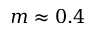
m \approx 0 . 4